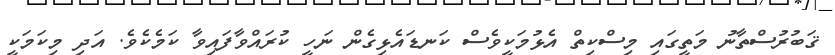
ޤަބުރުސްތާނު މަތީގައި މިސްކިތް އެޅުމަކީވެސް ކަނޑައެޅިގެން ނަހީ ކުރައްވާފައިވާ ކަމެކެވެ. އަދި މިކަމަކީ